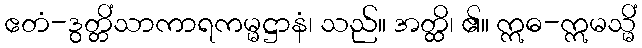
ဧတံ-ဒွတ္တိံသာကာရကမ္မဋ္ဌာနံ၊ သည်။ အတ္ထိ၊ ၏။ ဣဓ-ဣမသ္မိံ